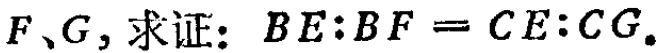
$F、G，求证：BE:BF = CE:CG.$